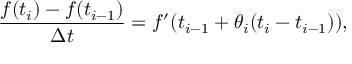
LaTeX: { \frac { f ( t _ { i } ) - f ( t _ { i - 1 } ) } { \Delta t } } = f ^ { \prime } ( t _ { i - 1 } + \theta _ { i } ( t _ { i } - t _ { i - 1 } ) ) ,